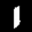
Label: 1